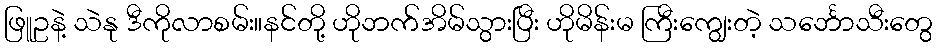
ဖြူဥနဲ့ သဲနု ဒီကိုလာစမ်း။နင်တို့ ဟိုဘက်အိမ်သွားပြီး ဟိုမိန်းမ ကြီးကျွေးတဲ့ သင်္ဘောသီးတွေ